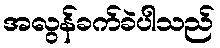
အလွန်ခက်ခဲပါသည်